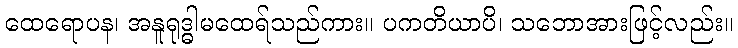
ထေရောပန၊ အနူရုဒ္ဓါမထေရ်သည်ကား။ ပကတိယာပိ၊ သဘောအားဖြင့်လည်း။